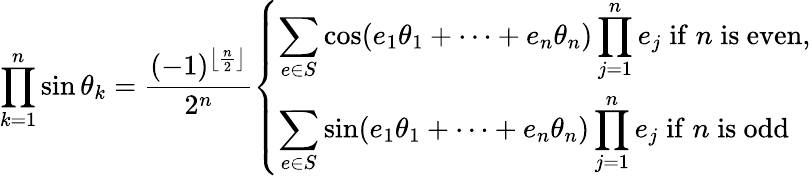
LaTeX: \prod_{k=1}^{n}\sin\theta_{k}={\frac{(-1)^{\left\lfloor{\frac{n}{2}}\right\rfloor}}{2^{n}}}{\left\{ \begin{array}{ll}{\displaystyle\sum_{e\in S}\cos(e_{1}\theta_{1}+\cdots+e_{n}\theta_{n})\prod_{j=1}^{n}e_{j}\; {\mathrm{if}}\; n\; {\mathrm{is~even}},}\\ {\displaystyle\sum_{e\in S}\sin(e_{1}\theta_{1}+\cdots+e_{n}\theta_{n})\prod_{j=1}^{n}e_{j}\; {\mathrm{if}}\; n\; {\mathrm{is~odd}}}\end{array}\right.}